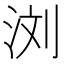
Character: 浏